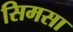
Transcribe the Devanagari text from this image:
सिमसा